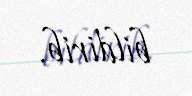
bildirib.